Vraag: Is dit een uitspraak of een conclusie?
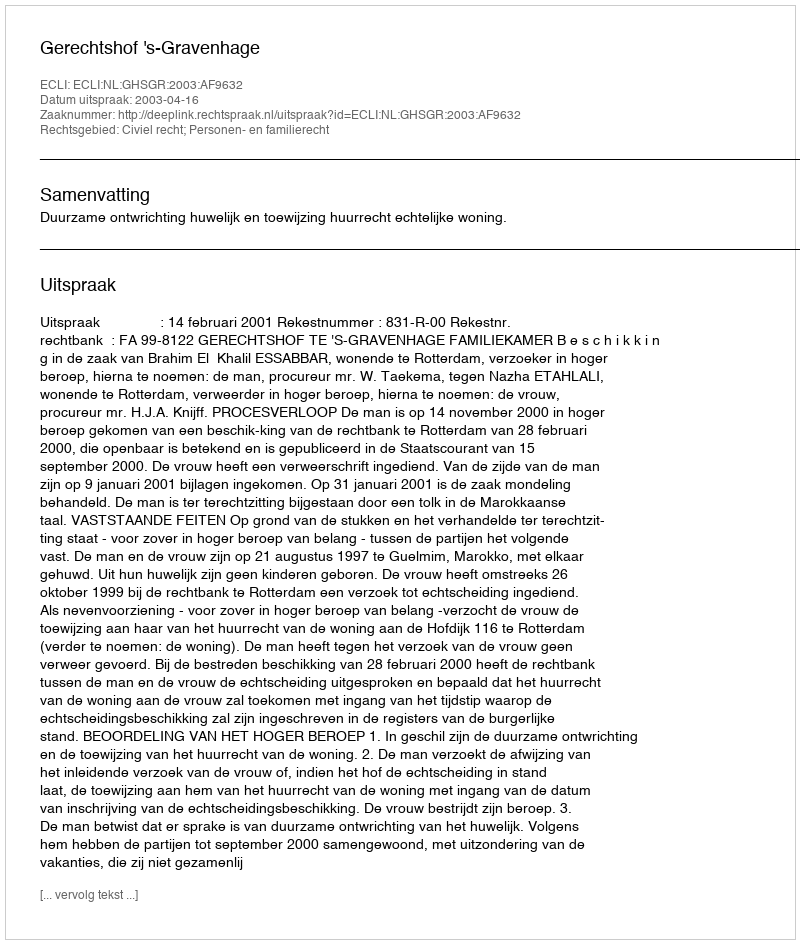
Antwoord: Uitspraak